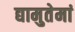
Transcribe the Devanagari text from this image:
द्यामुतेमां